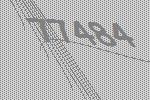
77484